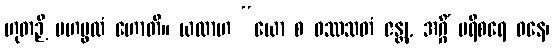
ဟုတဉှိ မဟပ္ဖလံ ဟောတိ။ ယထာဟ “ယော စ ဝဿသတံ ဇန္တု, အဂ္ဂိံ ပရိစရေ ဝနေ၊